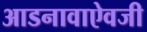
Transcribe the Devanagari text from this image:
आडनावाऐवजी